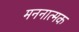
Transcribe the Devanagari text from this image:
मननात्मक